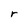
Character: r